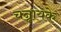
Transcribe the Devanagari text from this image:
चन्नायके